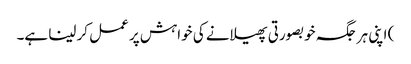
) اپنی ہر جگہ خوبصورتی پھیلانے کی خواہش پر عمل کر لینا ہے۔